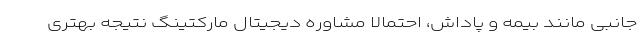
جانبی مانند بیمه و پاداش، احتمالاً مشاوره دیجیتال مارکتینگ نتیجه بهتری